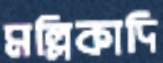
মল্লিকাদি